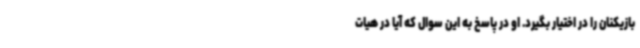
بازیکنان را در اختیار بگیرد. او در پاسخ به این سوال که آیا در هیات